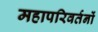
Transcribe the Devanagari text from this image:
महापरिवर्तनों